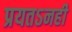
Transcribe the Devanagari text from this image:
प्रयतऽनही